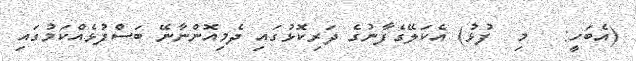
(އެބަހީ:   މި  ފުޅު) އެކަލޭގެފާނުގެ ދަރިކޮޅުގައި ދެމިއޮންނާނޭ ބަސްފުޅެއްކަމުގައި